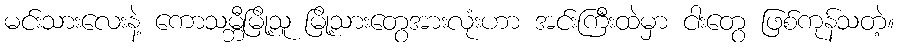
မင်းသားလေးနဲ့ ကောသမ္ဘီမြို့သူ မြို့သားတွေအားလုံးဟာ အင်းကြီးထဲမှာ ငါးတွေ ဖြစ်ကုန်သတဲ့။